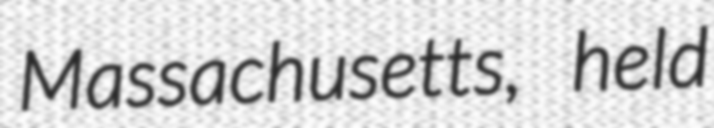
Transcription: Massachusetts, held